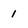
Character: 1